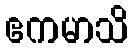
ဧကမာသိ